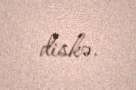
diskə.